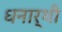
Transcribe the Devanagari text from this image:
धनार्थी